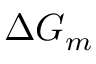
\Delta G _ { m }